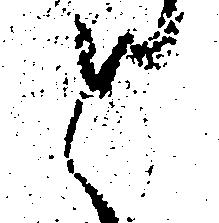
と